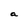
Character: a